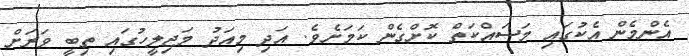
އެންމެން އެކުގައި މަސައްކަތް ކޮށްގެން ކަމަށެވެ. އަދި މިއަދު މަޖިލީހުގައި ތިބީ ވަރަށް